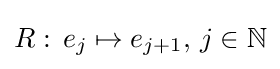
R:\,e_{j}\mapsto e_{j+1},\,j\in \mathbb {N}